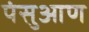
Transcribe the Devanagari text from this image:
पंसुआण